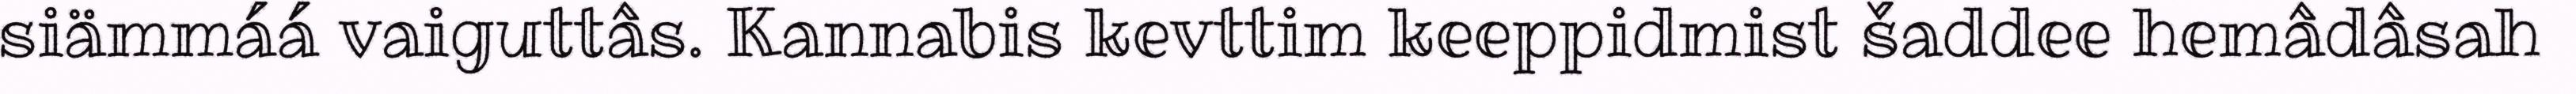
siämmáá vaiguttâs. Kannabis kevttim keeppidmist šaddee hemâdâsah